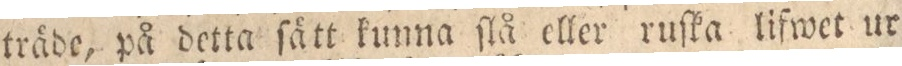
träde, på detta ſätt kunna ſlå eller ruſka lifwet ur